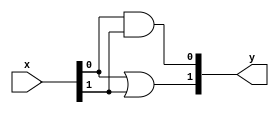
module sorter2b (
	input wire [1:0] x,
	output wire [1:0] y
);
	or (y[1], x[0], x[1]);
	and (y[0], x[0], x[1]);
endmodule